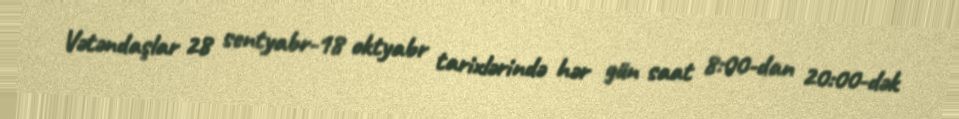
Vətəndaşlar 28 sentyabr-18 oktyabr tarixlərində hər gün saat 8:00-dan 20:00-dək